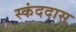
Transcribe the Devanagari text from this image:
स्कंददास